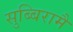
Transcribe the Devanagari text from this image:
सुब्बिरामै